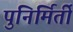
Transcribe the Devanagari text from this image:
पुनिर्मिर्ती